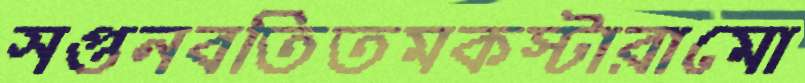
সপ্তনবতিতমকস্টারামো